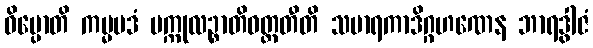
ဝိပ္ပောတိ ကမ္မပဒံ ပက္ကုလဉ္စာတိဝတ္တတီတိ သမာရကာဒိဂ္ဂဟဏေန ဘာရဒွါဇံ